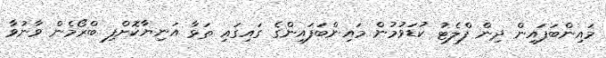
މައިންބަފައިން ދިން ފްލެޓު ކުޑަވުމުން މައިންބަފައިންގެ ގައިގައި ތަޅާ އަނިޔާކޮށްފި ބްރޯމެން ވާނުވާ